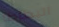
البطاطا